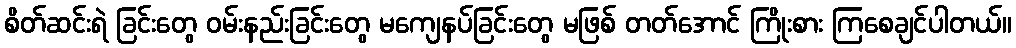
စိတ်ဆင်းရဲ ခြင်းတွေ ဝမ်းနည်းခြင်းတွေ မကျေနပ်ခြင်းတွေ မဖြစ် တတ်အောင် ကြိုးစား ကြစေချင်ပါတယ်။